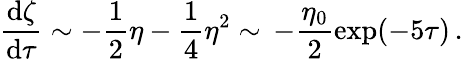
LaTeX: \frac{\mathrm{d}\zeta}{\mathrm{d}\tau}\sim-\frac{1}{2}\eta-\frac{1}{4}\eta^{2}\sim\, -\frac{\eta_{0}}{2}\exp(-5\tau)\, .